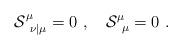
LaTeX: \begin{align*}{\cal S}^\mu_{\ \nu | \mu} =0 \ , \quad {\cal S}^\mu_{\ \mu} = 0 \ .\end{align*}